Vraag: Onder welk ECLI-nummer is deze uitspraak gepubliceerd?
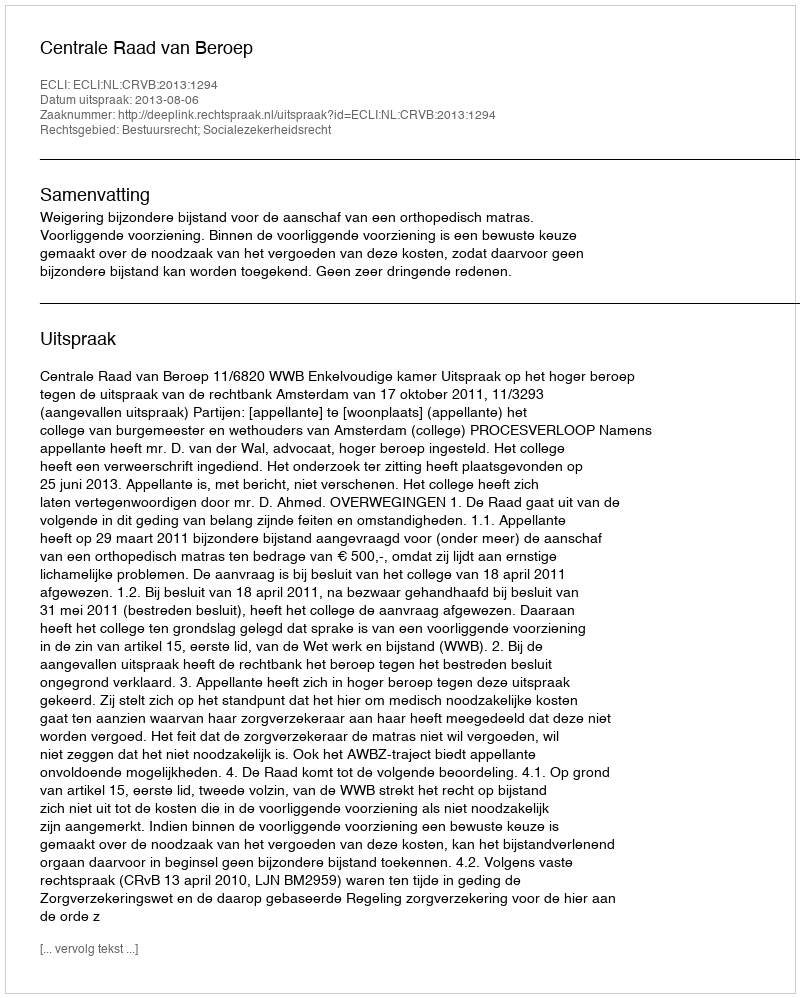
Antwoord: ECLI:NL:CRVB:2013:1294